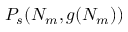
P _ { s } ( N _ { m } , g ( N _ { m } ) )